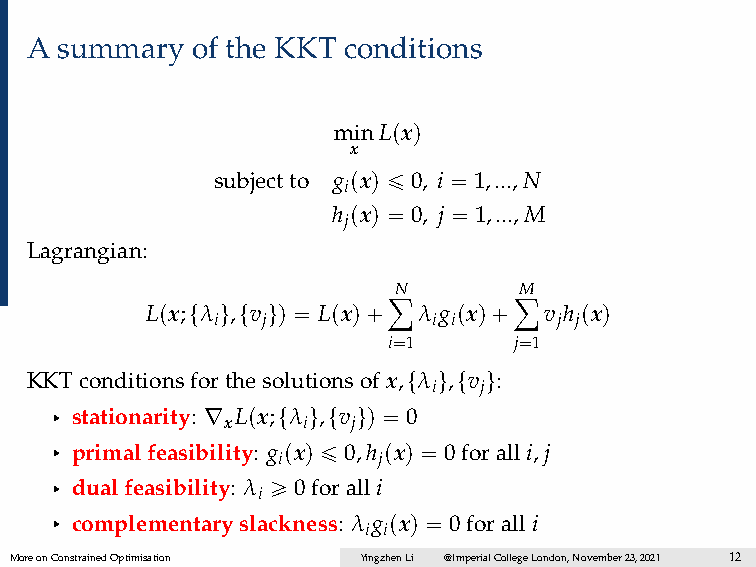
A summary  of the KKT conditions
 minLpxq
 x
 subjectto gpxq ď 0, i “ 1,...,N
 i
 h pxq “ 0, j “ 1,...,M
 j
 Lagrangian:
 ÿN      ÿM
 Lpx;tλ u,tv uq “ Lpxq` λ gpxq` v h pxq
 i  j           i i     j j
 i“1     j“1
 KKTconditionsforthesolutionsof x,tλ u,tv u:
 i  j
 § stationarity: ∇ xLpx;tλ iu,tv juq “ 0
 § primalfeasibility: g ipxq ď 0,h jpxq “ 0foralli,j
 § dualfeasibility: λ i ě 0foralli
 § complementaryslackness: λ ig ipxq “ 0foralli
 MoreonConstrainedOptimisation YingzhenLi @ImperialCollegeLondon,November23,2021 12